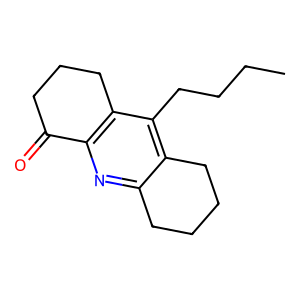
SMILES: CCCCc1c2c(nc3c1CCCC3=O)CCCC2
Inhibits HIV replication: No